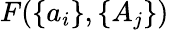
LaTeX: F(\{ a_{i}\} ,\{ A_{j}\} )